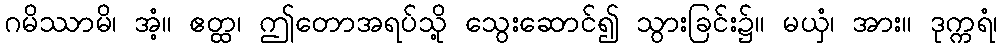
ဂမိဿာမိ၊ အံ့။ ဧတ္ထ၊ ဤတောအရပ်သို့ သွေးဆောင်၍ သွားခြင်း၌။ မယှံ၊ အား။ ဒုက္ကရံ၊